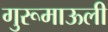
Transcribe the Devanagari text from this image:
गुरूमाऊली